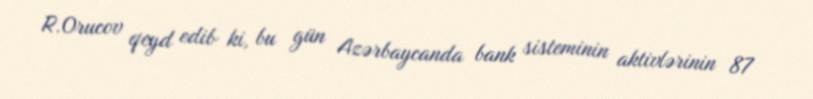
R.Orucov qeyd edib ki, bu gün Azərbaycanda bank sisteminin aktivlərinin 87